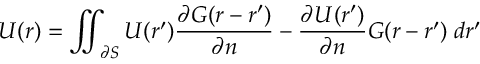
U ( \boldsymbol { r } ) = \iint _ { \partial S } U ( \boldsymbol { r ^ { \prime } } ) \frac { \partial G ( \boldsymbol { r } - \boldsymbol { r ^ { \prime } } ) } { \partial n } - \frac { \partial U ( \boldsymbol { r ^ { \prime } } ) } { \partial n } G ( \boldsymbol { r } - \boldsymbol { r ^ { \prime } } ) \; d \boldsymbol { r ^ { \prime } }